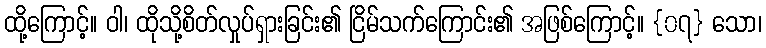
ထို့ကြောင့်။ ဝါ၊ ထိုသို့စိတ်လှုပ်ရှားခြင်း၏ ငြိမ်သက်ကြောင်း၏ အဖြစ်ကြောင့်။ {၀၇} သော၊